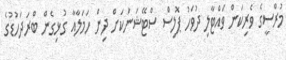
މުރްސީގެ ވެރިކަން ވައްޓާލި ދުވަހު ޕޮލިސް ސްޓޭޝަނަކަށް ދިން ހަމަލާއާ ގުޅިގެން ބްރަދަހުޑުގެ